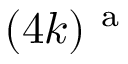
( 4 k ) ^ { \mathrm { ~ a ~ } }